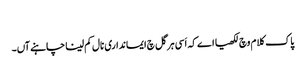
‏
پاک کلام وچ لکھیا اے کہ اَسی ہر گل چ ایمانداری نال کم لینا چاہنے آں۔